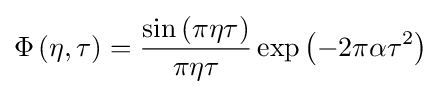
\Phi \left(\eta ,\tau \right)={\frac {\sin \left(\pi \eta \tau \right)}{\pi \eta \tau }}\exp \left(-2\pi \alpha \tau ^{2}\right)